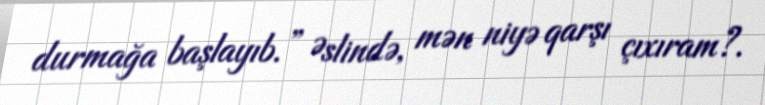
durmağa başlayıb.” Əslində, mən niyə qarşı çıxıram?.